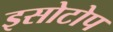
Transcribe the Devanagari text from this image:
इसोटोप